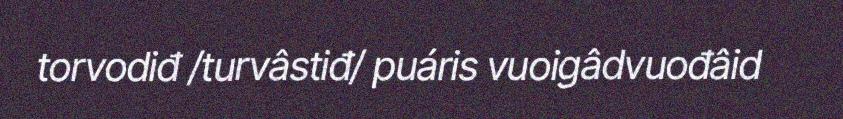
torvodiđ /turvâstiđ/ puáris vuoigâdvuođâid